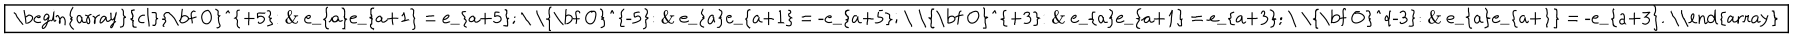
\fbox { \begin{array} { c l } { { { \bf O } ^ { + 5 } : } } & { { e _ { a } e _ { a + 1 } = e _ { a + 5 } ; } } \\ { { { \bf O } ^ { - 5 } : } } & { { e _ { a } e _ { a + 1 } = - e _ { a + 5 } ; } } \\ { { { \bf O } ^ { + 3 } : } } & { { e _ { a } e _ { a + 1 } = e _ { a + 3 } ; } } \\ { { { \bf O } ^ { - 3 } : } } & { { e _ { a } e _ { a + 1 } = - e _ { a + 3 } . } } \\ \end{array} }